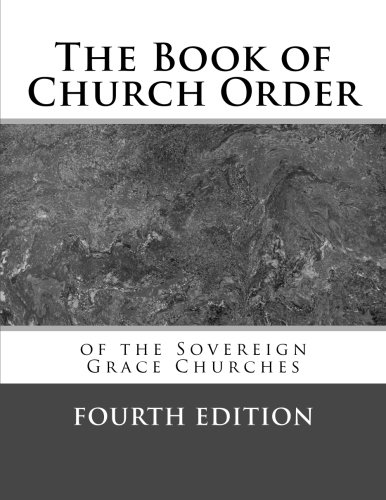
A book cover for The Book of Church Order of the Sovereign Grace Churches; Sovereign Grace Churches; Christian Books & Bibles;